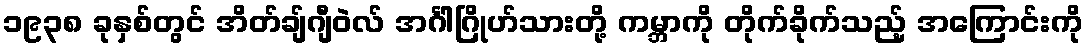
၁၉၃၈ ခုနှစ်တွင် အိတ်ချ်ဂျီဝဲလ် အင်္ဂါဂြိုဟ်သားတို့ ကမ္ဘာကို တိုက်ခိုက်သည့် အကြောင်းကို